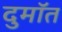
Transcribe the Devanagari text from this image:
दुमॉत